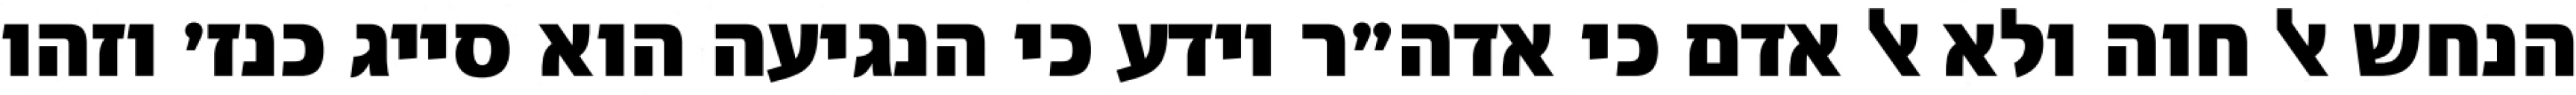
הנחש אל חוה ולא אל אדם כי אדה״ר יודע כי הנגיעה הוא סייג כנז׳ וזהו